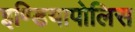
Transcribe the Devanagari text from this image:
इण्डियापोलिस